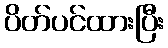
ပိတ်ပင်ထားပြီး